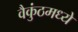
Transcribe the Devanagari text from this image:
वैकुंठमध्ये